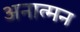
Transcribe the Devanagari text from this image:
अनात्मन